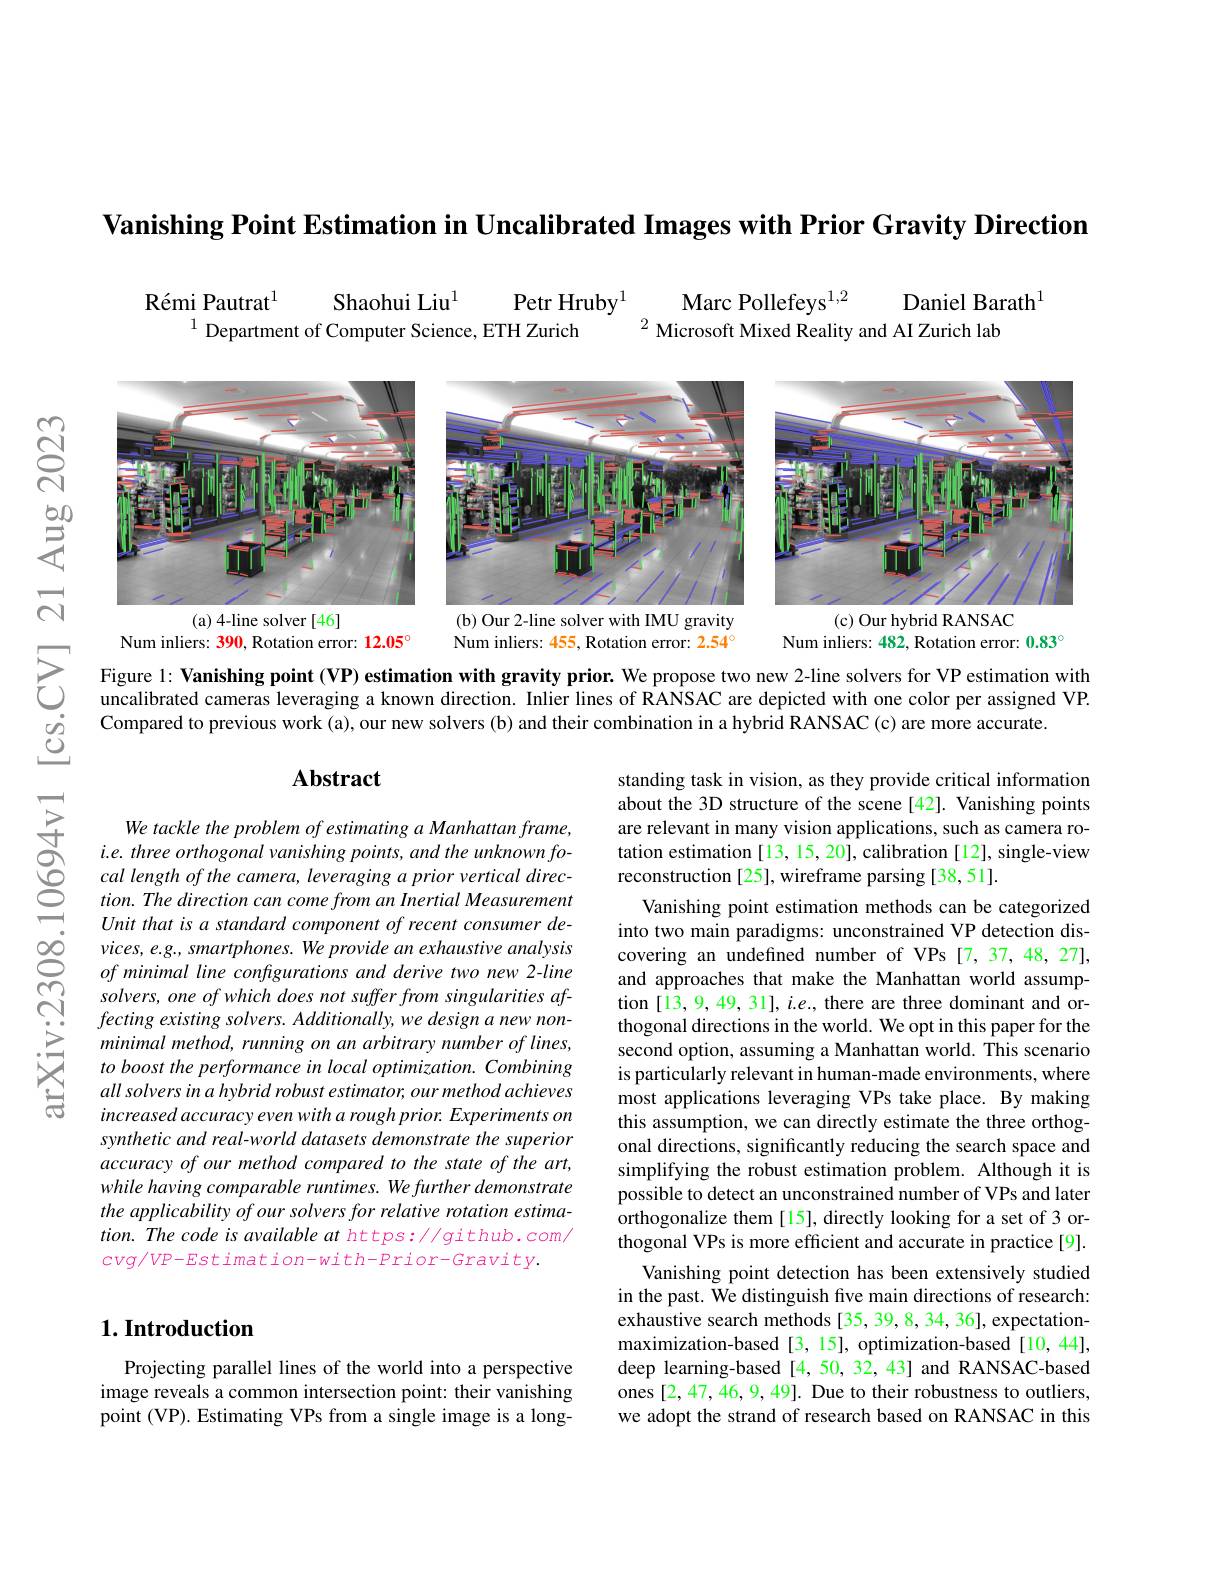
$\textbf{Vanishing Point Estimation in Uncalibrated Images with Prior Gravity Direction}$

Daniel Barath$^{\mathrm{I}}$
$\begin{array}{c}{\text{R\'{e}miPautrat}^{1}}&{\text{ShaohuiLiu}^{1}}&{\text{PetrHruby}^{1}}&{\text{MarcPollefeys}^{1,2}}\\{^{1}\text{Department of Computer Science, ETH Zurich}}&{^{2}\text{Microsoft Mixed Reality}}\end{array}$
Microsoft Mixed Reality and AI Zurich lab

<FigureHere>
N
(b) Our 2-line solver with IMU gravity
(c) Our hybrid RANSAC

Num inliers: 482, Rotation error: $0.83^\circ$

Num inliers: 390, Rotation error: 12.05°

Num inliers: 455, Rotation error: 2.54°

Figure 1: Vanishing point (VP) estimation with gravity prior. We propose two new 2-line solvers for VP estimation with uncalibrated cameras leveraging a known direction. Inlier lines of RANSAC are depicted with one color per assigned VP. Compared to previous work (a), our new solvers (b) and their combination in a hybrid RANSAC (c) are more accurate

$উ్তై$

### $\mathbf{Abstract}$

standing task in vision, as they provide critical information about the 3D structure of the scene[42]. Vanishing points are relevant in many vision applications, such as camera rotation estimation [13, 15, 20], calibration [12], single-view reconstruction [25], wireframe parsing [38,51].

$ਭੂੱ$

arXiv:2308

We tackle the problem of estimating a Manhattan frame, $i. e. three\textit{ orthogonal vanishing points, and the unknown fo- three orthogonal vanishing points, and the unknown fo- three orthogonal vanishing points, and the un known fo- the the the un the un the the un the the the the the the the the the the the the }$ cal length of the camera, leveraging a prior vertical direction. The direction can come from an Inertial Measurement Unit that is a standard component of recent consumer devices, e.g. smartphones. We provide an exhaustive analysis $ofminimallineconfigurationsandderivetwonew2-line$ solvers, one of which does not suffer from singularities af- $fectingexistingsolvers.Additionally,wedesignanewnon-$ minimal method, running on an arbitrary number of lines, to boost the performance in local optimization. Combining all solvers in a hybrid robust estimator, our method achieves increased accuracy even with a rough prior. Experiments on synthetic and real-world datasets demonstrate the superior accuracy of our method compared to the state of the art, while having comparable runtimes. We further demonstrate the applicability of our solvers for relative rotation estimation. The code is available at https: //github.com/ $cvg/VP-Estimation-with-Prior-Gravity.$

Vanishing point estimation methods can be categorized into two main paradigms: unconstrained VP detection discovering an undefined number of VPs [7,37,48,27], and approaches that make the Manhattan world assumption [13,9,49,31], i.e., there are three dominant and orthogonal directions in the world. We opt in this paper for the second option, assuming a Manhattan world. This scenario is particularly relevant in human-made environments, where most applications leveraging VPs take place. By making this assumption, we can directly estimate the three orthogonal directions, significantly reducing the search space and simplifying the robust estimation problem. Although it is possible to detect an unconstrained number of VPs and later orthogonalize them [15], directly looking for a set of 3 orthogonal VPs is more efficient and accurate in practice[9].
Vanishing point detection has been extensively studied in the past. We distinguish five main directions of research: exhaustive search methods [35, 39, 8, 34, 36], expectationmaximization-based [3,15], optimization-based [10, 44], deep learning-based [4,50,32,43] and RANSAC-based ones [2,47,46,9,49]. Due to their robustness to outliers, we adopt the strand of research based on RANSAC in this

# $1. \textbf{Introduction}$

Projecting parallel lines of the world into a perspective image reveals a common intersection point: their vanishing point (VP). Estimating VPs from a single image is a long-